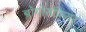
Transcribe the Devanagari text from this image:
ब्लॉगॉसफियर